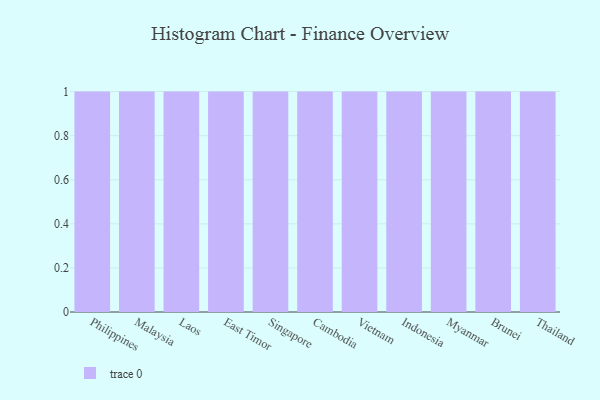
{"axis": {"x": "Country", "y": "Tickets Resolved"}, "legend": [""], "data": [{"x": "Philippines", "y": 97, "type": ""}, {"x": "Malaysia", "y": 99, "type": ""}, {"x": "Laos", "y": 6, "type": ""}, {"x": "East Timor", "y": 58, "type": ""}, {"x": "Singapore", "y": 24, "type": ""}, {"x": "Cambodia", "y": 98, "type": ""}, {"x": "Vietnam", "y": 55, "type": ""}, {"x": "Indonesia", "y": 22, "type": ""}, {"x": "Myanmar", "y": 15, "type": ""}, {"x": "Brunei", "y": 11, "type": ""}, {"x": "Thailand", "y": 87, "type": ""}]}